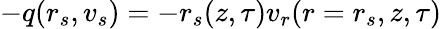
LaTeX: -q(r_{s},v_{s})=-r_{s}(z,\tau)v_{r}(r=r_{s},z,\tau)